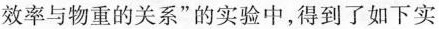
效率与物重的关系”的实验中，得到了如下实